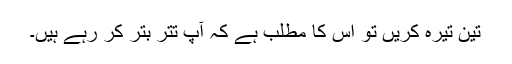
تین تیرہ کریں تو اس کا مطلب ہے کہ آپ تتر بتر کر رہے ہیں۔